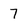
Character: 7